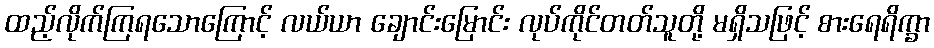
ထည့်လိုက်ကြရသောကြောင့် လယ်ယာ ချောင်းမြောင်း လုပ်ကိုင်တတ်သူတို့ မရှိသဖြင့် စားရေရိက္ခာ